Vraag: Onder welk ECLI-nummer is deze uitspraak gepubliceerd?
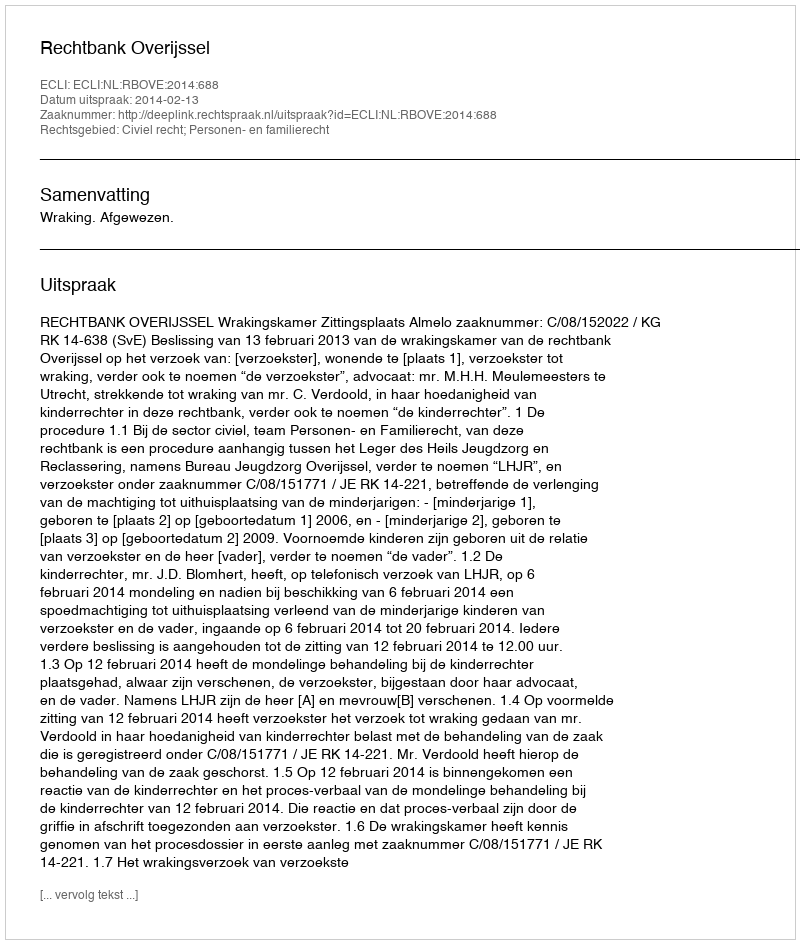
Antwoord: ECLI:NL:RBOVE:2014:688